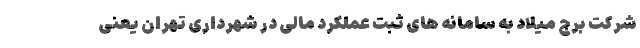
شرکت برج میلاد به سامانه های ثبت عملکرد مالی در شهرداری تهران یعنی